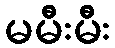
မမီးမီး